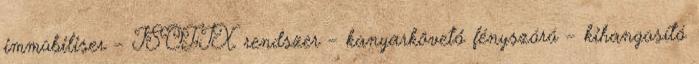
immobiliser – ISOFIX rendszer – kanyarkövető fényszóró – kihangosító